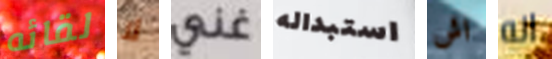
لقائه لا غني استبداله اش انه